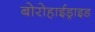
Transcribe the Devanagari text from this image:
बोरोहाईड्राइड